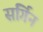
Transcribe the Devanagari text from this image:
सर्गिन